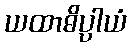
ယထာဓိပ္ပါယံ